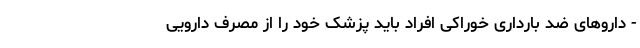
- داروهای ضد بارداری خوراکی افراد باید پزشک خود را از مصرف دارویی